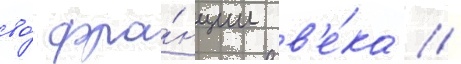
во́ фра́нции в'е́ка /